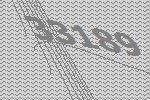
33189